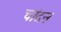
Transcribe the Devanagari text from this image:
चांदन